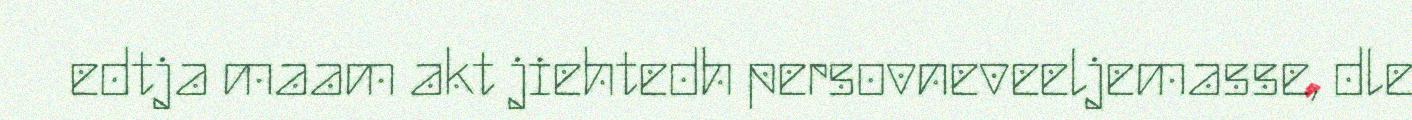
edtja maam akt jiehtedh persovneveeljemasse, dle